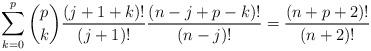
LaTeX: \begin{align*}\sum_{k=0}^p \binom{p}{k} \frac{(j+1+k)!}{(j+1)!}\frac{(n-j+p-k)!}{(n-j)!} = \frac{(n+p+2)!}{(n+2)!} \end{align*}